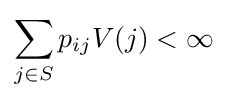
\sum _{j\in S}p_{ij}V(j)<{\infty }